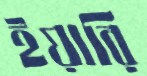
ইয়ারি